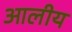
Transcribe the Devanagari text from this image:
आलीय